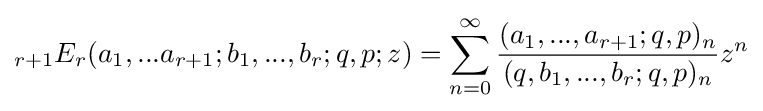
\displaystyle {}_{r+1}E_{r}(a_{1},...a_{r+1};b_{1},...,b_{r};q,p;z)=\sum _{n=0}^{\infty }{\frac {(a_{1},...,a_{r+1};q,p)_{n}}{(q,b_{1},...,b_{r};q,p)_{n}}}z^{n}